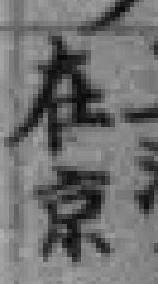
在京